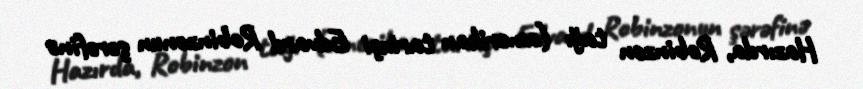
Hazırda, Robinzon tağı (amerikan tarixçi Edvard Robinzonun şərəfinə